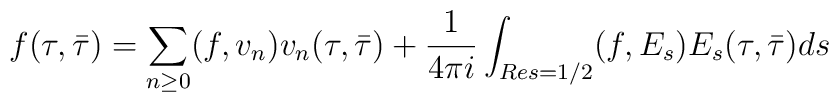
f(\tau,\bar\tau) = \sum_{n\ge 0} (f,v_n) v_n(\tau,\bar\tau) +\frac{1}{4\pi i} \int_{Re s=1/2} (f,E_s) E_s(\tau,\bar\tau) ds